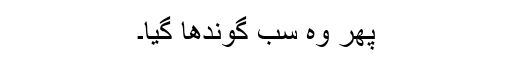
پھر وہ سب گوندھا گیا۔